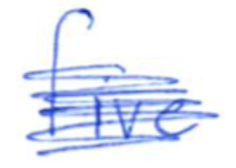
Text: five
Cross-out: scratch
Writing tool: ballpoint